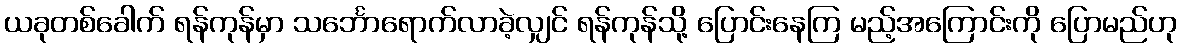
ယခုတစ်ခေါက် ရန်ကုန်မှာ သင်္ဘောရောက်လာခဲ့လျှင် ရန်ကုန်သို့ ပြောင်းနေကြ မည့်အကြောင်းကို ပြောမည်ဟု